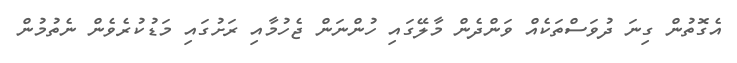
އެގޮތުން ގިނަ ދުވަސްތަކެއް ވަންދެން މާލޭގައި ހުންނަން ޖެހުމާއި ރަށުގައި މަޑުކުރެވެން ނެތުމުން